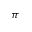
\pi